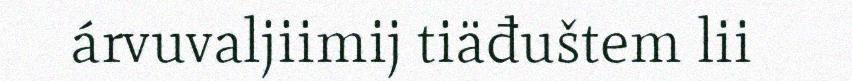
árvuvaljiimij tiäđuštem lii